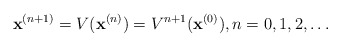
\begin{align*}\mathbf{x}^{(n+1)}=V(\mathbf{x}^{(n)})={V^{n+1}(\mathbf{x}^{(0)})}, n=0,1,2,\dots\end{align*}